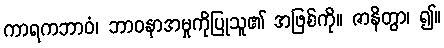
ကာရကဘာဝံ၊ ဘာဝနာအမှုကိုပြုသူ၏ အဖြစ်ကို။ ဇာနိတွာ၊ ၍။